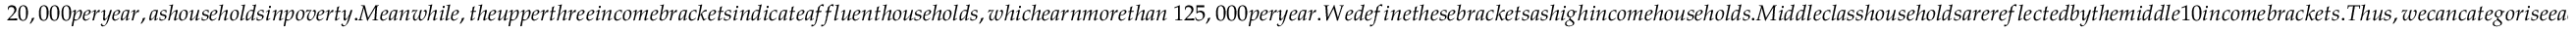
2 0 , 0 0 0 p e r y e a r , a s h o u s e h o l d s i n p o v e r t y . M e a n w h i l e , t h e u p p e r t h r e e i n c o m e b r a c k e t s i n d i c a t e a f f l u e n t h o u s e h o l d s , w h i c h e a r n m o r e t h a n \ 1 2 5 , 0 0 0 p e r y e a r . W e d e f i n e t h e s e b r a c k e t s a s h i g h i n c o m e h o u s e h o l d s . M i d d l e c l a s s h o u s e h o l d s a r e r e f l e c t e d b y t h e m i d d l e 1 0 i n c o m e b r a c k e t s . T h u s , w e c a n c a t e g o r i s e e a c h o f t h e 1 6 i n c o m e b r a c k e t s i n t o 3 i n c o m e c l a s s e s : l o w - i n c o m e , m i d d l e - i n c o m e , a n d h i g h - i n c o m e . U s i n g t h e s e c u t o f f s t o d e f i n e i n c o m e c l a s s e s i s c o m m o n p r a c t i c e w h e n m e a s u r i n g I C E a t t h e C B G - l e v e l . H o w e v e r , S e c t i o n i n t h e S u p p l e m e n t a r y M a t e r i a l s c o n v e y s h o w I C E d i s t r i b u t i o n s w o u l d c h a n g e w i t h i n e a c h c i t y i f w e w e r e t o s h i f t t h e s e i n c o m e - b r a c k e t c u t o f f s . W i t h t h i s i n m i n d , w e d e f i n e